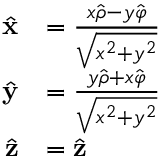
{ \begin{array} { r l } { { \hat { \mathbf { x } } } } & { = { \frac { x { \hat { \boldsymbol { \rho } } } - y { \hat { \boldsymbol { \varphi } } } } { \sqrt { x ^ { 2 } + y ^ { 2 } } } } } \\ { { \hat { \mathbf { y } } } } & { = { \frac { y { \hat { \boldsymbol { \rho } } } + x { \hat { \boldsymbol { \varphi } } } } { \sqrt { x ^ { 2 } + y ^ { 2 } } } } } \\ { { \hat { \mathbf { z } } } } & { = { \hat { \mathbf { z } } } } \end{array} }